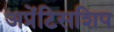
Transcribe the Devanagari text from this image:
अप्रेंटिसशिप